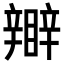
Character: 𥌊